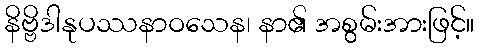
နိဗ္ဗိဒါနုပဿနာဝသေန၊ နာ၏ အစွမ်းအားဖြင့်။